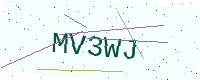
Text: MV3WJ